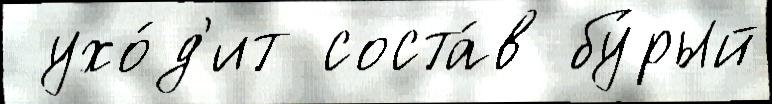
 ухо́д'ит соста́в бу́рый